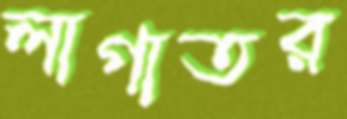
লাগাতর